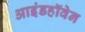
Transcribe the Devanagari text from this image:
आइंडहॉवेन